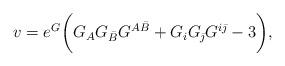
LaTeX: \begin{align*}v=e^G\biggl( G_{A}G_{\bar B}G^{A\bar B}+G_{i}G_{\bar\jmath}G^{i\bar\jmath}-3\biggr) ,\end{align*}